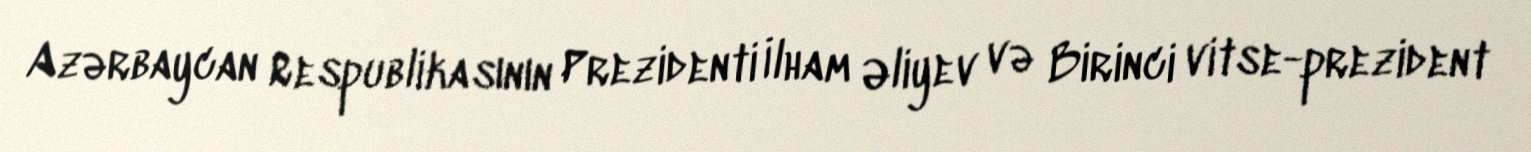
Azərbaycan Respublikasının Prezidenti İlham Əliyev və Birinci vitse-prezident